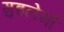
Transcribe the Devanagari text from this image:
गुइलेर्मो